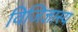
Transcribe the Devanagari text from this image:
विजिज्ञास्य